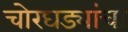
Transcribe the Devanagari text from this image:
चोरघड्यांचा